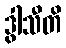
ဒွါသီတိ